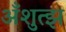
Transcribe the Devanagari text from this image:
अँशुत्झ